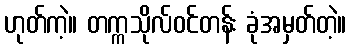
ဟုတ်ကဲ့။ တက္ကသိုလ်ဝင်တန်း ခုံအမှတ်တဲ့။